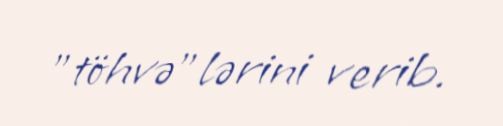
"töhvə"lərini verib.